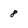
Character: 8